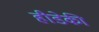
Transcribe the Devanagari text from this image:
हीडेकी